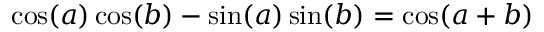
\cos ( a ) \cos ( b ) - \sin ( a ) \sin ( b ) = \cos ( a + b )